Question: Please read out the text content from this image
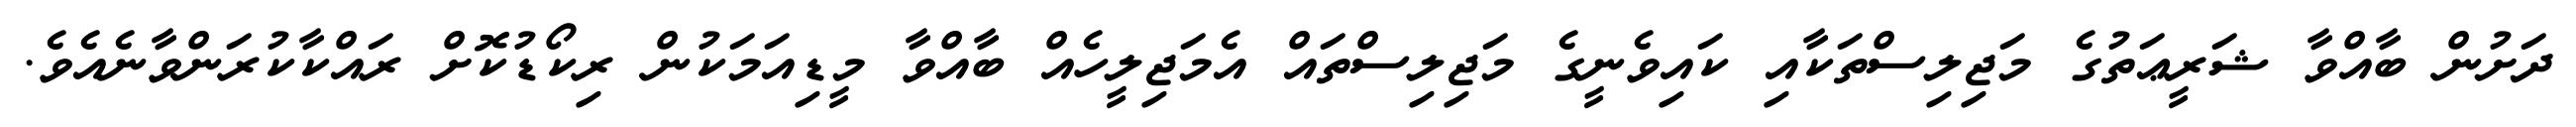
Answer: ދަށުން ބާއްވާ ޝަރީޢަތުގެ މަޖިލިސްތަކާއި ކައިވެނީގެ މަޖިލިސްތައް އެމަޖިލީހެއް ބާއްވާ މީޑިއަމަކުން ރިކޯޑުކޮށް ރައްކާކުރަންވާނެއެވެ.